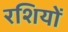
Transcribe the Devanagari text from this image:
रशियों